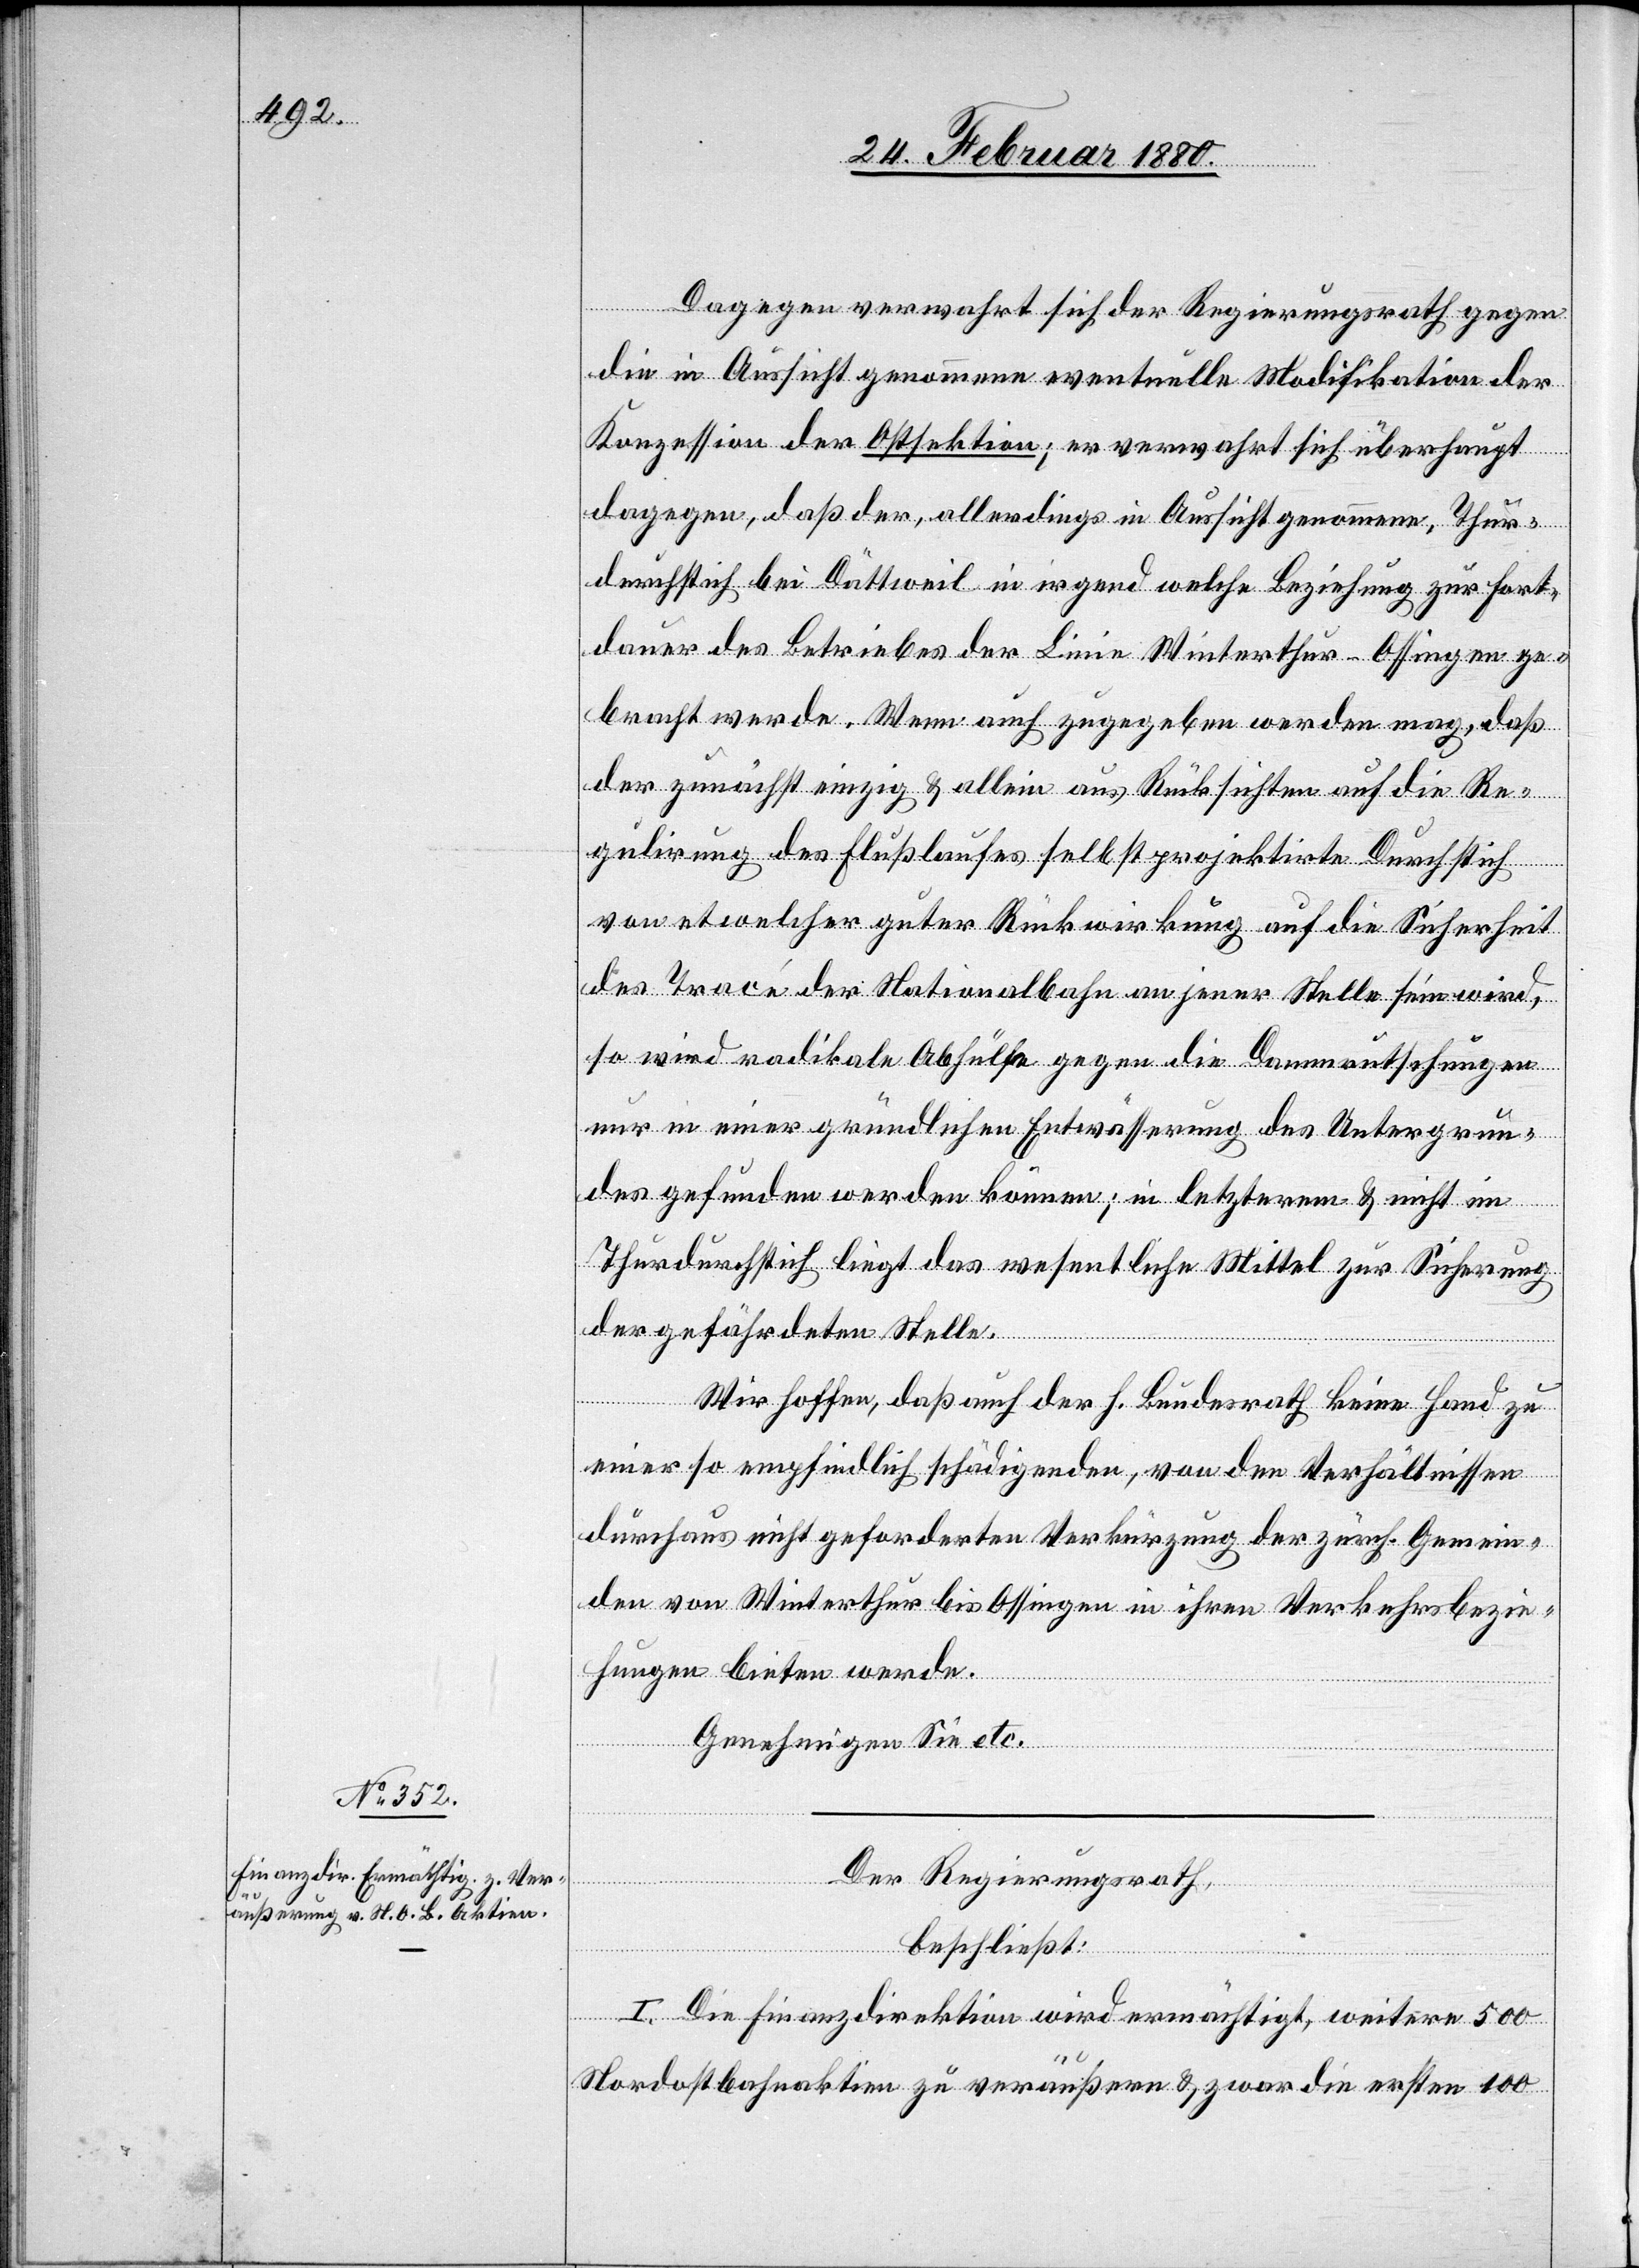
Dagegen verwahrt sich der Regierungsrath gegen
die in Aussicht genommene eventuelle Modifikation der
Konzession der Ostsektion; er verwahrt sich überhaupt
dagegen, daß der, allerdings in Aussicht genommene, Thur¬
durchstich bei Dättweil in irgend welche Beziehung zur Fort¬
dauer des Betriebes der Linie Winterthur–Ossingen ge¬
bracht werde. Wenn auch zugegeben werden mag, daß
der zunächst einzig & allein aus Rücksichten auf die Re¬
gulirung des Flußlaufes selbst projektirte Durchstich
von etwelcher guter Rückwirkung auf die Sicherheit
des Tracé der Nationalbahn an jener Stelle sein wird,
so wird radikale Abhülfe gegen die Dammrutschungen
nur in einer gründlichen Entwässerung des Untergrun¬
des gefunden werden können; in letzterem & nicht im
Thurdurchstich liegt das wesentliche Mittel zur Sicherung
der gefährdeten Stelle.
Wir hoffen, daß auch der h. Bundesrath keine Hand zu
einer so empfindlich schädigenden, von den Verhältnissen
durchaus nicht geforderten Verkürzung der zürch. Gemein¬
den von Winterthur bis Ossingen in ihren Verkehrsbezie¬
hungen bieten werde.
Genehmigen Sie etc.
Der Regierungsrath,
beschließt:
I. Die Finanzdirektion wird ermächtigt, weitere 500
Nordostbahnaktien zu veräußern & zwar die ersten 100